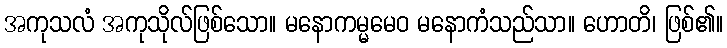
အကုသလံ အကုသိုလ်ဖြစ်သော။ မနောကမ္မမေဝ မနောကံသည်သာ။ ဟောတိ၊ ဖြစ်၏။